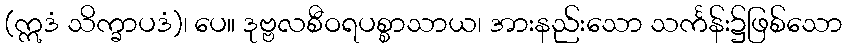
(ဣဒံ သိက္ခာပဒံ)၊ ပေ။ ဒုဗ္ဗလစီဝရပစ္စာသာယ၊ အားနည်းသော သင်္ကန်း၌ဖြစ်သော